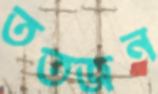
ততজন